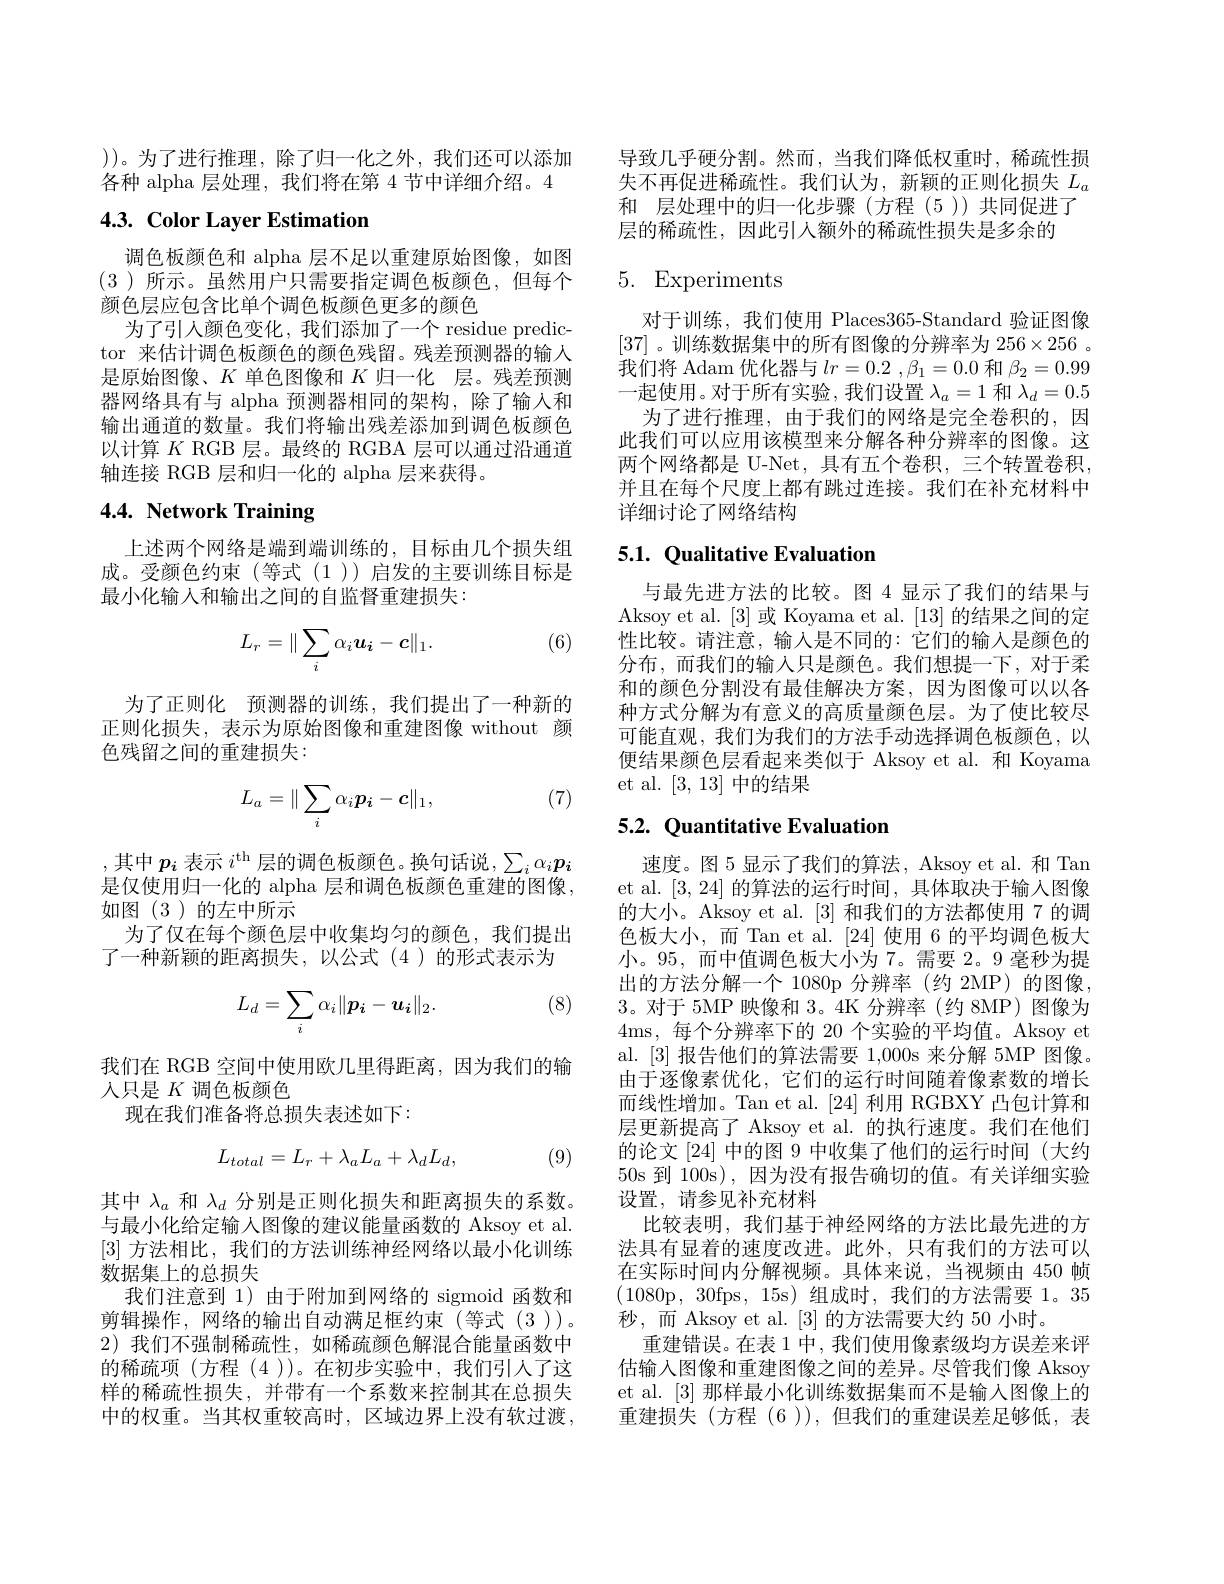
))。为了进行推理，除了归一化之外，我们还可以添加各种 alpha 层处理，我们将在第 4 节中详细介绍。4

# 4.3. Color Layer Estimation

调色板颜色和 alpha 层不足以重建原始图像，如图(3)所示。虽然用户只需要指定调色板颜色，但每个颜色层应包含比单个调色板颜色更多的颜色
为了引人颜色变化，我们添加了一个 residue predictor 来估计调色板颜色的颜色残留。残差预测器的输入是原始图像、$K$单色图像和$K$归一化 层。残差预测器网络具有与 alpha 预测器相同的架构，除了输入和输出通道的数量。我们将输出残差添加到调色板颜色以计算$K$ RGB 层。最终的 RGBA 层可以通过沿通道轴连接 RGB 层和归一化的 alpha 层来获得。

# 4.4. Network Training

上述两个网络是端到端训练的，目标由几个损失组成。受颜色约束(等式(1))启发的主要训练目标是最小化输入和输出之间的自监督重建损失：

(6)
$$L_r=\|\sum_i\alpha_iu_i-c\|_1.$$
为了正则化 预测器的训练，我们提出了一种新的正则化损失，表示为原始图像和重建图像 without 颜色残留之间的重建损失：

(7)
$$L_a=\|\sum_i\alpha_i\boldsymbol{p_i}-\boldsymbol{c}\|_1,$$
,其中$p_i$ 表示 $i^\mathrm{th}$ 层的调色板颜色。换句话说，$\sum_i\alpha_ip_i$ 是仅使用归一化的 alpha 层和调色板颜色重建的图像， 如图(3)的左中所示
为了仅在每个颜色层中收集均匀的颜色，我们提出
了一种新颖的距离损失，以公式(4)的形式表示为

(8)
$$L_d=\sum_i\alpha_i\|p_i-u_i\|_2.$$
我们在 RGB 空间中使用欧几里得距离，因为我们的输
人只是$K$调色板颜色
现在我们准备将总损失表述如下：
$$L_{total}=L_{r}+\lambda_{a}L_{a}+\lambda_{d}L_{d},$$
(9)

其中$\lambda_a$和$\lambda_d$分别是正则化损失和距离损失的系数。与最小化给定输入图像的建议能量函数的 Aksoy et al. [3]方法相比，我们的方法训练神经网络以最小化训练数据集上的总损失
我们注意到 1) 由于附加到网络的 sigmoid 函数和剪辑操作，网络的输出自动满足框约束(等式(3))。2)我们不强制稀疏性，如稀疏颜色解混合能量函数中的稀疏项(方程(4))。在初步实验中，我们引人了这样的稀疏性损失，并带有一个系数来控制其在总损失中的权重。当其权重较高时，区域边界上没有软过渡，

导致几乎硬分割。然而，当我们降低权重时，稀疏性损失不再促进稀疏性。我们认为，新颖的正则化损失$L_a$ 和 层处理中的归一化步骤(方程(5))共同促进了
层的稀疏性，因此引人额外的稀疏性损失是多余的

# 5. Experiments

对于训练，我们使用 Places365-Standard 验证图像[37] 。训练数据集中的所有图像的分辨率为$256\times256$ 。我们将 Adam 优化器与$lr= 0. 2$ $, \beta _1= 0. 0$和$\beta_2=0.99$ 一起使用。对于所有实验，我们设置$\lambda_a=1$和$\lambda_d=0.5$
为了进行推理，由于我们的网络是完全卷积的，因此我们可以应用该模型来分解各种分辨率的图像。这两个网络都是 U-Net,具有五个卷积，三个转置卷积， 并且在每个尺度上都有跳过连接。我们在补充材料中详细讨论了网络结构

## $5. 1. \textbf{Qualitative Evaluation}$

与最先进方法的比较。图 4 显示了我们的结果与Aksoy et al. [3] 或 Koyama et al. [13] 的结果之间的定性比较。请注意，输入是不同的：它们的输入是颜色的分布，而我们的输入只是颜色。我们想提一下，对于柔和的颜色分割没有最佳解决方案，因为图像可以以各种方式分解为有意义的高质量颜色层。为了使比较尽可能直观，我们为我们的方法手动选择调色板颜色，以便结果颜色层看起来类似于 Aksoy et al. 和 Koyama et al. [3,13]中的结果

## 5.2. Quantitative Evaluation

速度。图 5 显示了我们的算法，Aksoy et al. 和 Tan et al. [3,24]的算法的运行时间，具体取决于输入图像的大小。Aksoy et al. [3] 和我们的方法都使用 7 的调色板大小，而 Tan et al. [24] 使用 6 的平均调色板大小。95,而中值调色板大小为 7。需要 2。9 毫秒为提出的方法分解一个 1080p 分辨率 (约 2MP)的图像， 3。对于 5MP 映像和 3。4K 分辨率 (约 8MP) 图像为4ms,每个分辨率下的 20 个实验的平均值。Aksoy et al. [3]报告他们的算法需要1，000s 来分解 5MP 图像。由于逐像素优化，它们的运行时间随着像素数的增长而线性增加。Tan et al.[24] 利用 RGBXY 凸包计算和层更新提高了 Aksoy et al. 的执行速度。我们在他们的论文 [24] 中的图 9 中收集了他们的运行时间 (大约50s 到 100s),因为没有报告确切的值。有关详细实验设置，请参见补充材料
比较表明，我们基于神经网络的方法比最先进的方法具有显着的速度改进。此外，只有我们的方法可以在实际时间内分解视频。具体来说，当视频由 450 帧(1080p,30fps,15s)组成时，我们的方法需要 1。35秒，而 Aksoy et al. [3] 的方法需要大约 50 小时。
重建错误。在表 1 中 , 我们使用像素级均方误差来评估输入图像和重建图像之间的差异。尽管我们像 Aksoy et al. [3]那样最小化训练数据集而不是输入图像上的重建损失(方程(6)),但我们的重建误差足够低，表